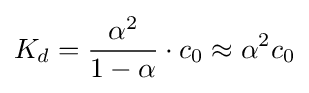
K_{d}={\frac {\alpha ^{2}}{1-\alpha }}\cdot c_{0}\approx \alpha ^{2}c_{0}